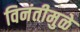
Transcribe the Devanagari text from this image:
विनंतीमुळे